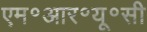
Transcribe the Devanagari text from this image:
एम॰आर॰यू॰सी